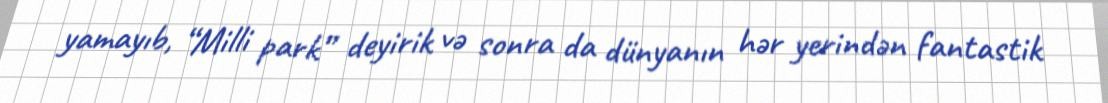
yamayıb, “Milli park” deyirik və sonra da dünyanın hər yerindən fantastik